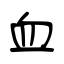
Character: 血